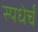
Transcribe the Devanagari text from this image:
स्पधेर्चं